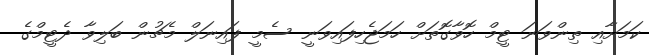
ކަމަށާއި ތިންވަނަ ޓީމް ހޮވާގޮތަށް ހަމަޖެހިފައިވަނީ ސެމީ ފައިނަލް މެޗުން ބަލިވާ ދެޓީމްގެ